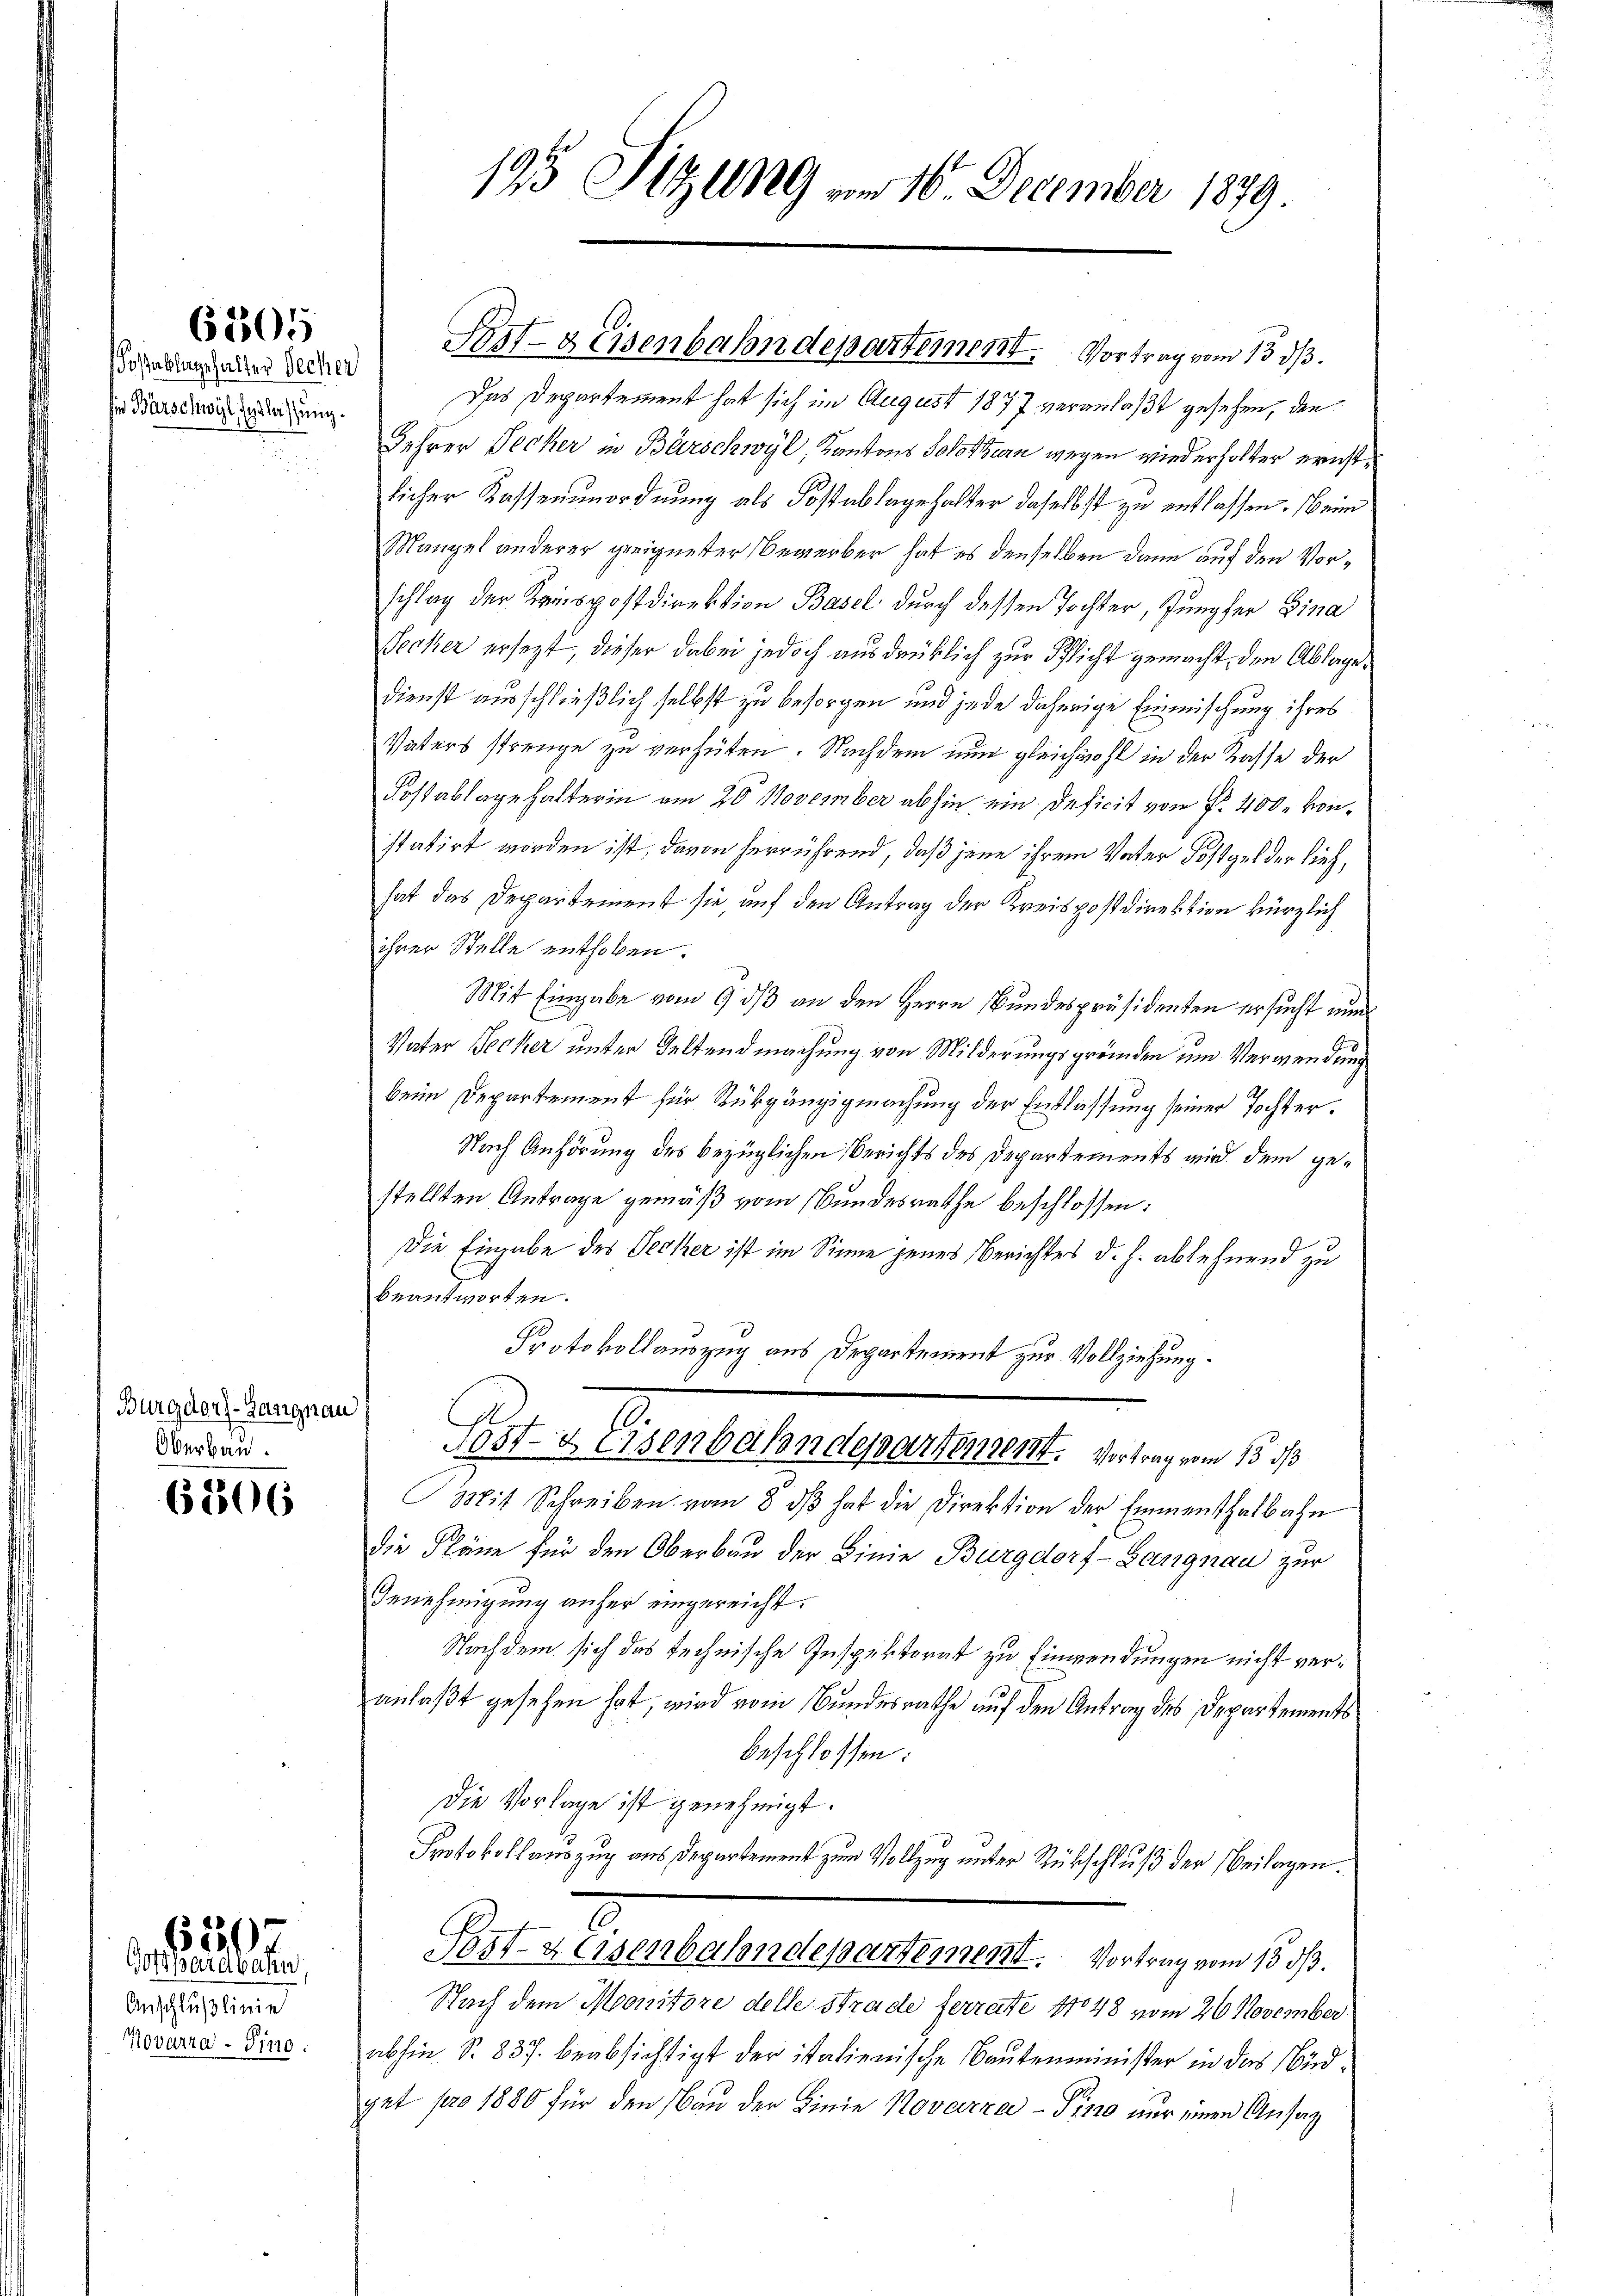
Soßablagehalter Decher
im Barschwyl Entlassung.

6805

Burgdorf-Zasignau
Oberbau.

6206

Anschlußlinie
Novarra-Sino.

620
Gotthardbahn

195 Stzung vom 16. December 1879.

Das Departement hat sich im August 1877 veranlaßt gesehen, den
Lehrer Secker in Bärschwyl, Kantons Solothurn wegen wiederholter ernstlicher Kassenunordnung als Kostablagehalter daselbst zu entlassen. Beim
Mangel anderer geeigneter Bewerber hat es denselben dann auf den Vorschlag der Keispostdirektion Basel durch dessen Tochter, Jungfer Fina
Secker ersezt, dieser dabei jedoch ausdrüklich zur Pflicht gemacht, den Ablage
Dienst ausschließlich selbst zu besorgen und jede daherige Einmischung ihres
Vaters strenge zu verhüten. Nachdem nun gleichwohl in der Kasse der
Fostablage halterin am 20 November abhin ein Deficit von §. 400 konstatirt worden ist, davon herrührend, daß jene ihrem Vater Kostgel der lief,
hat das Departement sie, auf den Antrag der Kreispostdirektion kürzlich
ihrer Stelle enthoben.
Mit Eingabe vom 9 dß an den Herrn Bundespräsidenten ersucht nun
Vater Becker unter Geltendmachung von Milderungsgründen um Verwendung
beim Departement für Rückgängigmachung der Entlassung seiner Tochter¬
Nach Anhörung des bezüglichen Berichts des Departements wird dem gestellten Antrage gemäß vom Bundesrathe beschlossen:
Die Eingabe des Decker ist im Sinne jenes Berichtes d. h. ablehnend zu
beantworten.
Protokollauszug aus Departement zur Vollziehung.
Sost- & Eisenbahndepartement. Vortrag vom 13. ds
Mit Schreiben vom 8. dβ hat die Direktion der Emmenthalbahn
die Pläne für den Oberbau der Linie Burgdorf - Langnau zur
Genehmigung anher eingereicht.
Nachdem sich das technische Inspektorat zu Einwendungen nicht veranlaßt gesehen hat, wird vom Bundesrathe auf den Antrag des Departements
beschlossen:
Die Vorlage ist genehmigt.
Protokollauszug aus Departement zum Vollzug unter Rückschluß der Beilagen.
Post- & Eisenbahndepartement. Vortrag vom 13. ds.
Nach dem Monitore delle strade ferrate No 48 vom 26 November
abhin S. 837. beabsichtigt der italienische Bautenminister in das Büdget pro 1880 für den Bau der Linie Novazza - Pino nur einen Ansag

Prt-Eisenbahndepartement. Vortrag vom 13. ds.